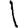
Digit: 1